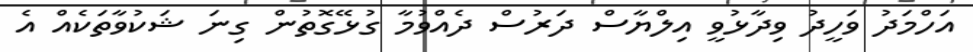
އަހްމަދު ވަހީދު ވިދާޅުވީ އިލްޔާސް ދަރުސް ދެއްވުމާ ގުޅޭގޮތުން ގިނަ ޝަކުވާތަކެއް އެ